Annual report of the Punjab Veterinary College and of the Civil Veterinary Department, Punjab - 1926-1932
Year: 1926
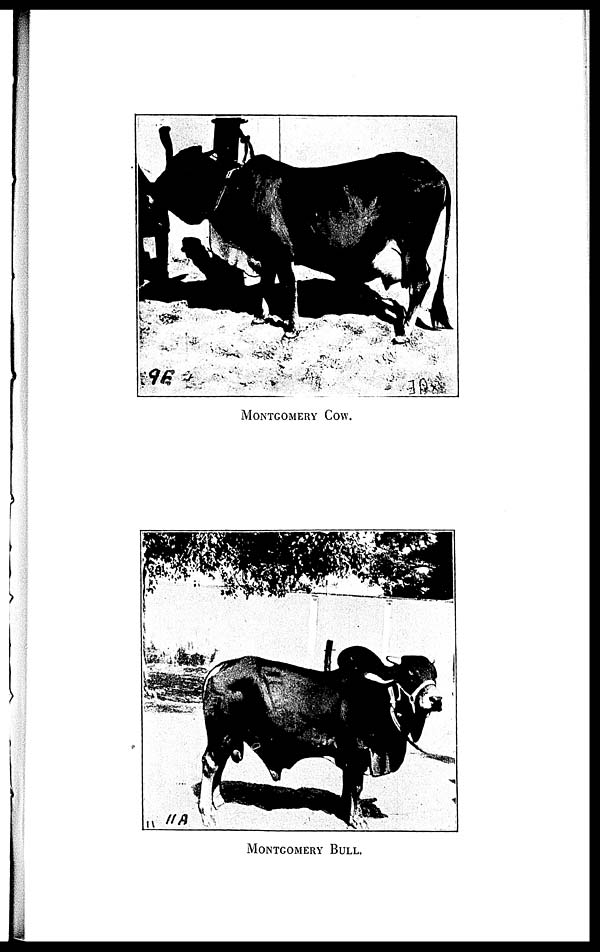
MONTGOMERY COW.
MONTGOMERY BULL.